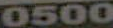
0500